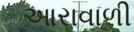
આરાવાળી